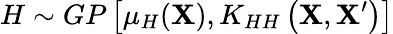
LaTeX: H\sim GP\left[\mu_{H}(\mathbf{X}),K_{HH}\left(\mathbf{X},\mathbf{X}^{\prime}\right)\right]